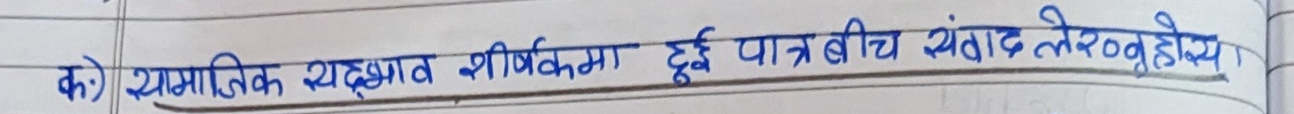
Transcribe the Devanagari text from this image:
क) सामाजिक सद्भाव शीर्षकमा दुई पात्र बीच संवाद लेख्नुहोस्।